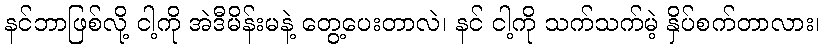
နင်ဘာဖြစ်လို့ ငါ့ကို အဲဒီမိန်းမနဲ့ တွေ့ပေးတာလဲ၊ နင် ငါ့ကို သက်သက်မဲ့ နှိပ်စက်တာလား၊